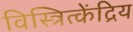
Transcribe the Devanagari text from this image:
विस्त्रित्केंद्रिय